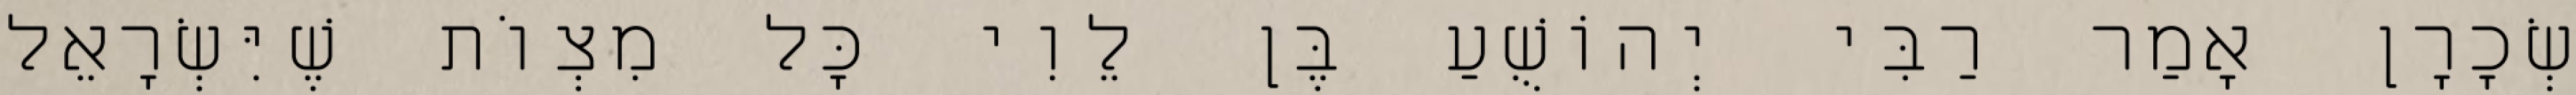
שְׂכָרָן אָמַר רַבִּי יְהוֹשֻׁעַ בֶּן לֵוִי כׇּל מִצְוֹת שֶׁיִּשְׂרָאֵל